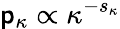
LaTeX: {\mathsf p}_{\kappa}\propto\kappa^{-s_{\kappa}}